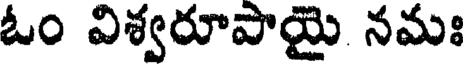
ఓం విశ్వరూపాయై నమః